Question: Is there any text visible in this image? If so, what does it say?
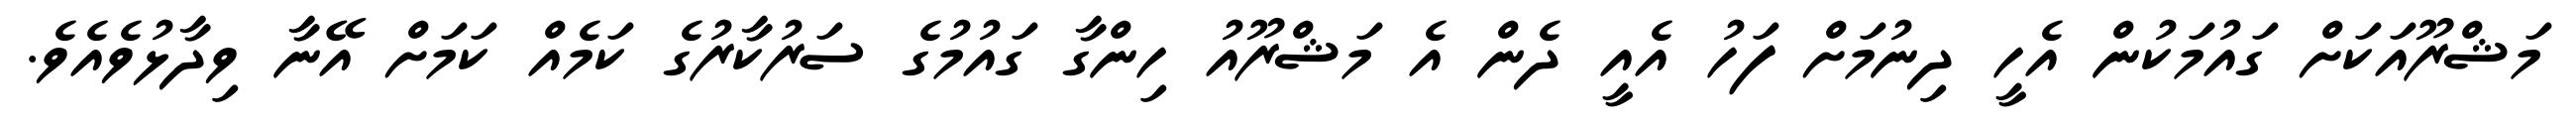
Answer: މަޝްރޫއަކަށް ގައުމަކުން އެހީ ދިނުމަށް ފަހު އެއީ ދެން އެ މަޝްރޫއު ހިންގާ ގައުމުގެ ސަރުކާރުގެ ކަމެއް ކަމަށް އޭނާ ވިދާޅުވެއެވެ.